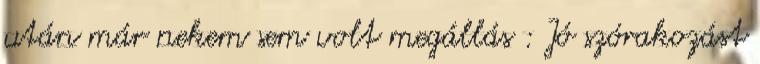
után már nekem sem volt megállás : Jó szórakozást